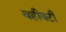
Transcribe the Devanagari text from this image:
वहीवटी